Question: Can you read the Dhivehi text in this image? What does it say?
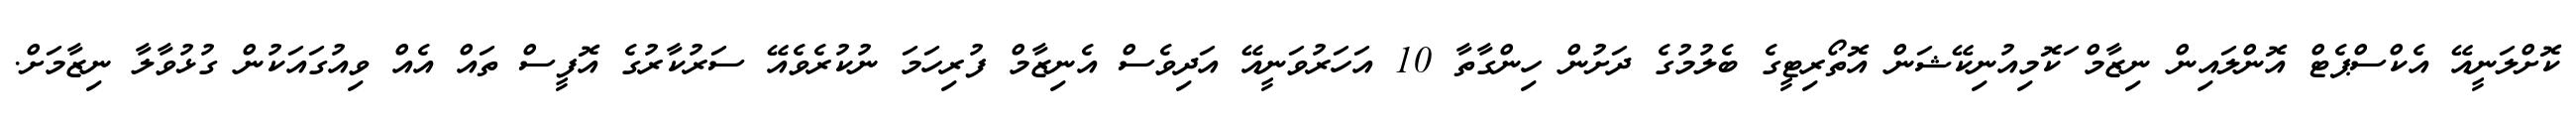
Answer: ކޮށްލަނީއޭ އެކްސްޕެޓް އޮންލައިން ނިޒާމް ަކޮމިއުނިކޭޝަން އޮތޯރިޓީގެ ބެލުމުގެ ދަށުން ހިންގާތާ 10 އަހަރުވަނީއޭ އަދިވެސް އެނިޒާމް ފުރިހަމަ ނުކުރެވެއޭ ސަރުކާރުގެ އޮފީސް ތައް އެއް ވިއުގައަކުން ގުޅުވާލާ ނިޒާމަށް.